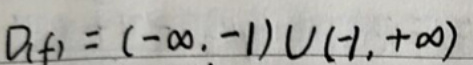
\(D(f)=(-\infty,-1)\cup(-1,+\infty)\)